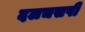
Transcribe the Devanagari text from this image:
दलचसपी